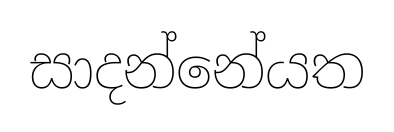
සාදන්නේයත